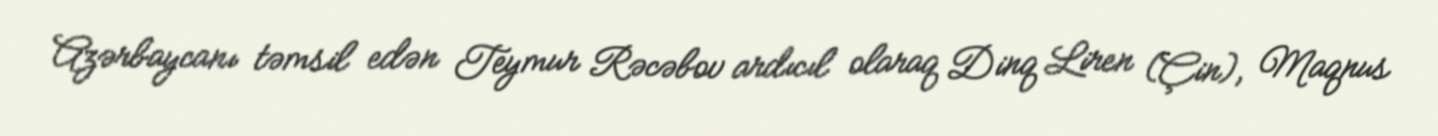
Azərbaycanı təmsil edən Teymur Rəcəbov ardıcıl olaraq Dinq Liren (Çin), Maqnus